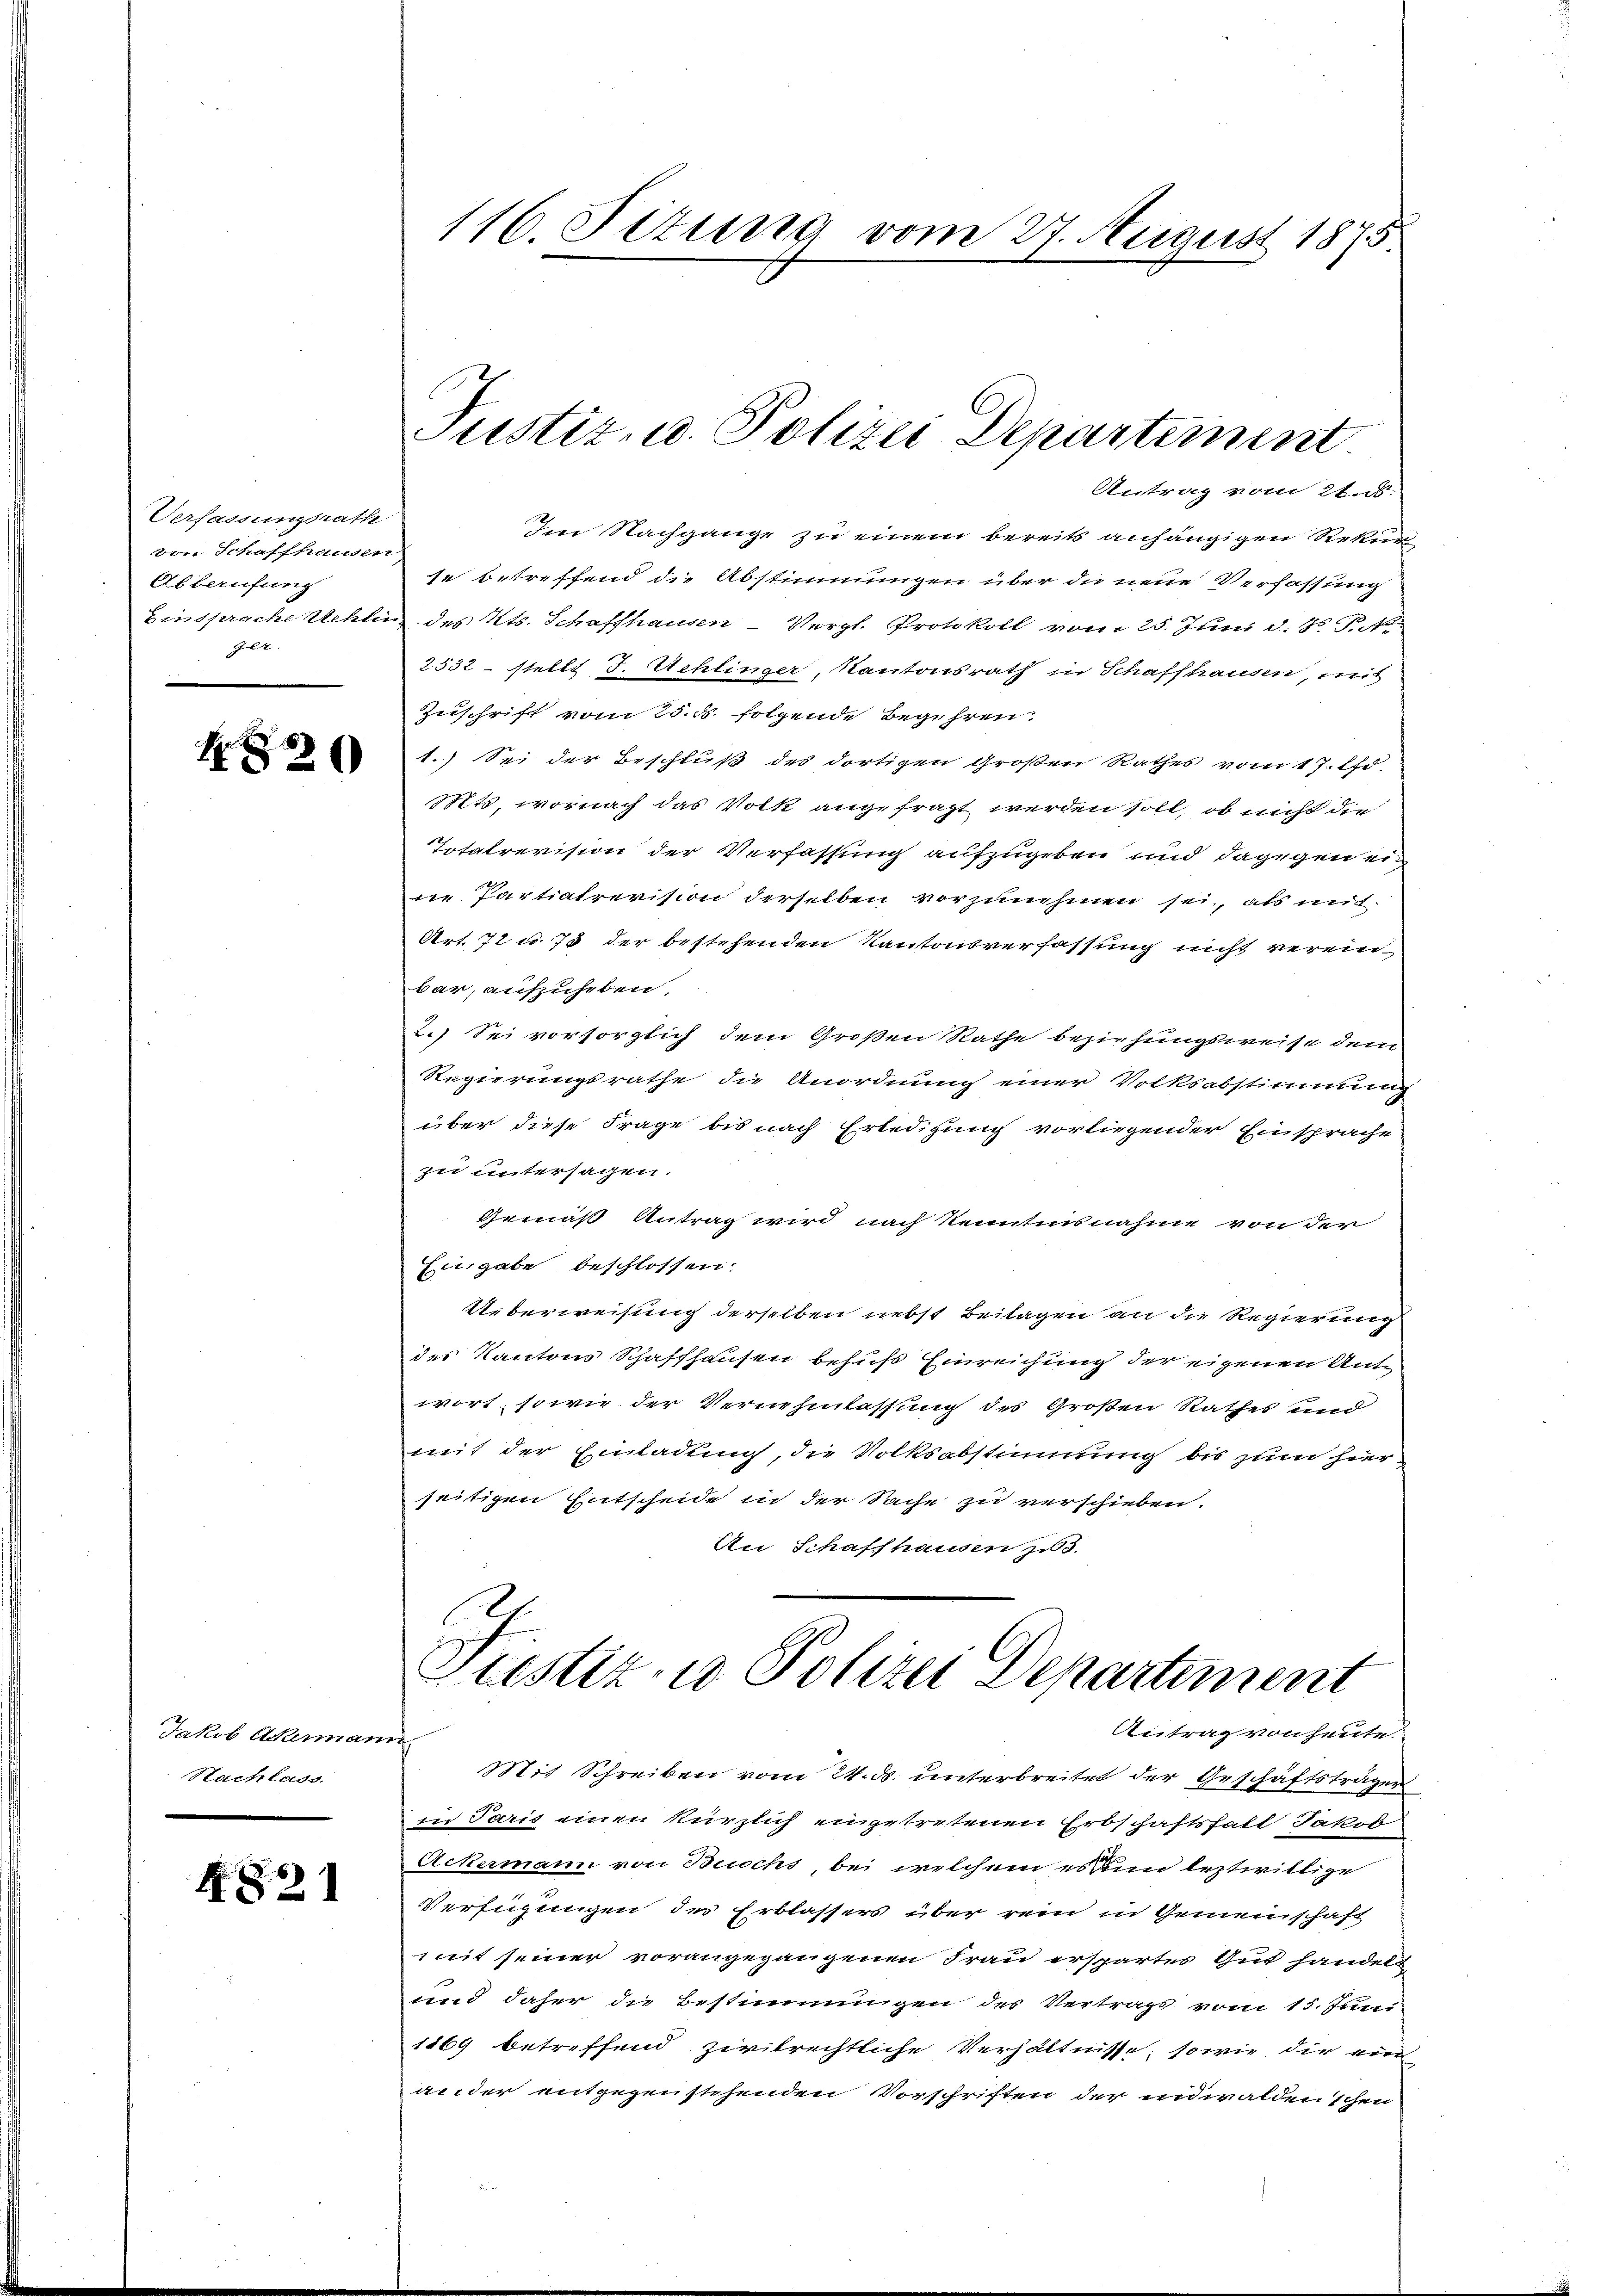
Verfassungsrath
von Schaffhausen
Abberufung
Einsprache Uehlin
94.

82

Jakob Acheman
Nachlass.

4821

116. Fetung vom 27. August 1875

Antrag vom 21. d.
Im Nachgange zu einem bereits anhängigen Rekur
se betreffend die Abstimmungen über die neue Verfassung
. des Kts. Schaffhausen-Vergl. Protokoll vom 25. Juni d. Js. P. M.
2332 - stellt J. Schlinger, Kantonsrath in Schaffhausen, mit
Zuschrift vom 25. ds. folgende Begehren.
1.) Sei der Beschluß des dortigen Großen Rathes vom 17. Chr.
Mts, wornach das Volk angefragt werden soll, ob nicht die
Totalrevision der Verfassung aufzugeben und dagegen ei
ie Partialrevision derselben vorzunehmen sei, als mit
Art. 72 u. 75 der bestehenden Kantonsverfassung nicht vereinbar, auführten,
2.) Sei vorsorglich dem Großen Rathe beziehungsweise dem
Regierungsrathe die Anordnung einer Volksabstimmung
über diese Frage bis nach Erledigung vorliegender Einsprache
zu untersagen.
Gemäß Antrag wird nach Kenntnisnahme von der
Eingabe beschlossen.
Ueberweisung derselben nebst Beilagen an die Regierung
des Kantons Schaffhausen behufs Einreichung der eigenen Antwort, sowie der Vernehmlassung des Großen Rathes und
mit der Einladung, die Volksabstimmung bis zum hier
seitigen Entscheide in der Sache zu verschieben.
An Schaffhausen zu 3.
Frestiz- u. Polizei Departement
Antrag von heute.
,
Mit Schreiben vom 24. ds. unterbreitet der Geschäftsträger
in Paris einen kürzlich eingetretenen Erbschaftsfall Jakob
Ackermann von Buchs, bei welchem es in leztwillige
Verfügungen der Erblassers über rein in Gemeinschaft
mit seiner vorangegangenen Frau erspartes Gut handels
und daher die Bestimmungen des Vertrags vom 15. Juni
1869 betreffend zivilrechtliche Verhältnisse; sowie die von
ander entgegenstehenden Vorschriften der unwalden schen
Grund

Justiz- u. Polizei Departement